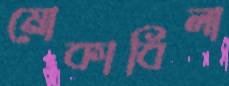
মোকাবিলা